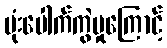
ဗုံးပေါက်ကွဲမှုကြောင့်